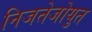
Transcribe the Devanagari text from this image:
निजतेजोयुत